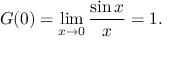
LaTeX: G ( 0 ) = \operatorname* { l i m } _ { x \rightarrow 0 } { \frac { \sin x } { x } } = 1 .